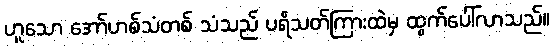
ဟူသော အော်ဟစ်သံတစ် သံသည် ပရိသတ်ကြားထဲမှ ထွက်ပေါ်လာသည်။